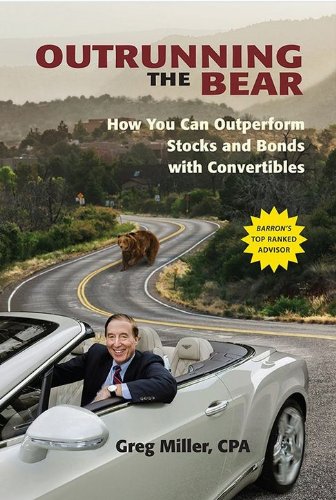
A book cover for Outrunning the Bear: How You Can Outperform Stocks and Bonds with Convertibles; Greg Miller; Business & Money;